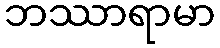
ဘဿာရာမာ